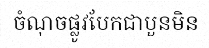
ចំណុចផ្លូវបែកជាបួនមិន